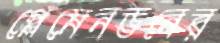
প্লেমেনডনের